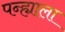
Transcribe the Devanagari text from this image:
पन्ह्याला